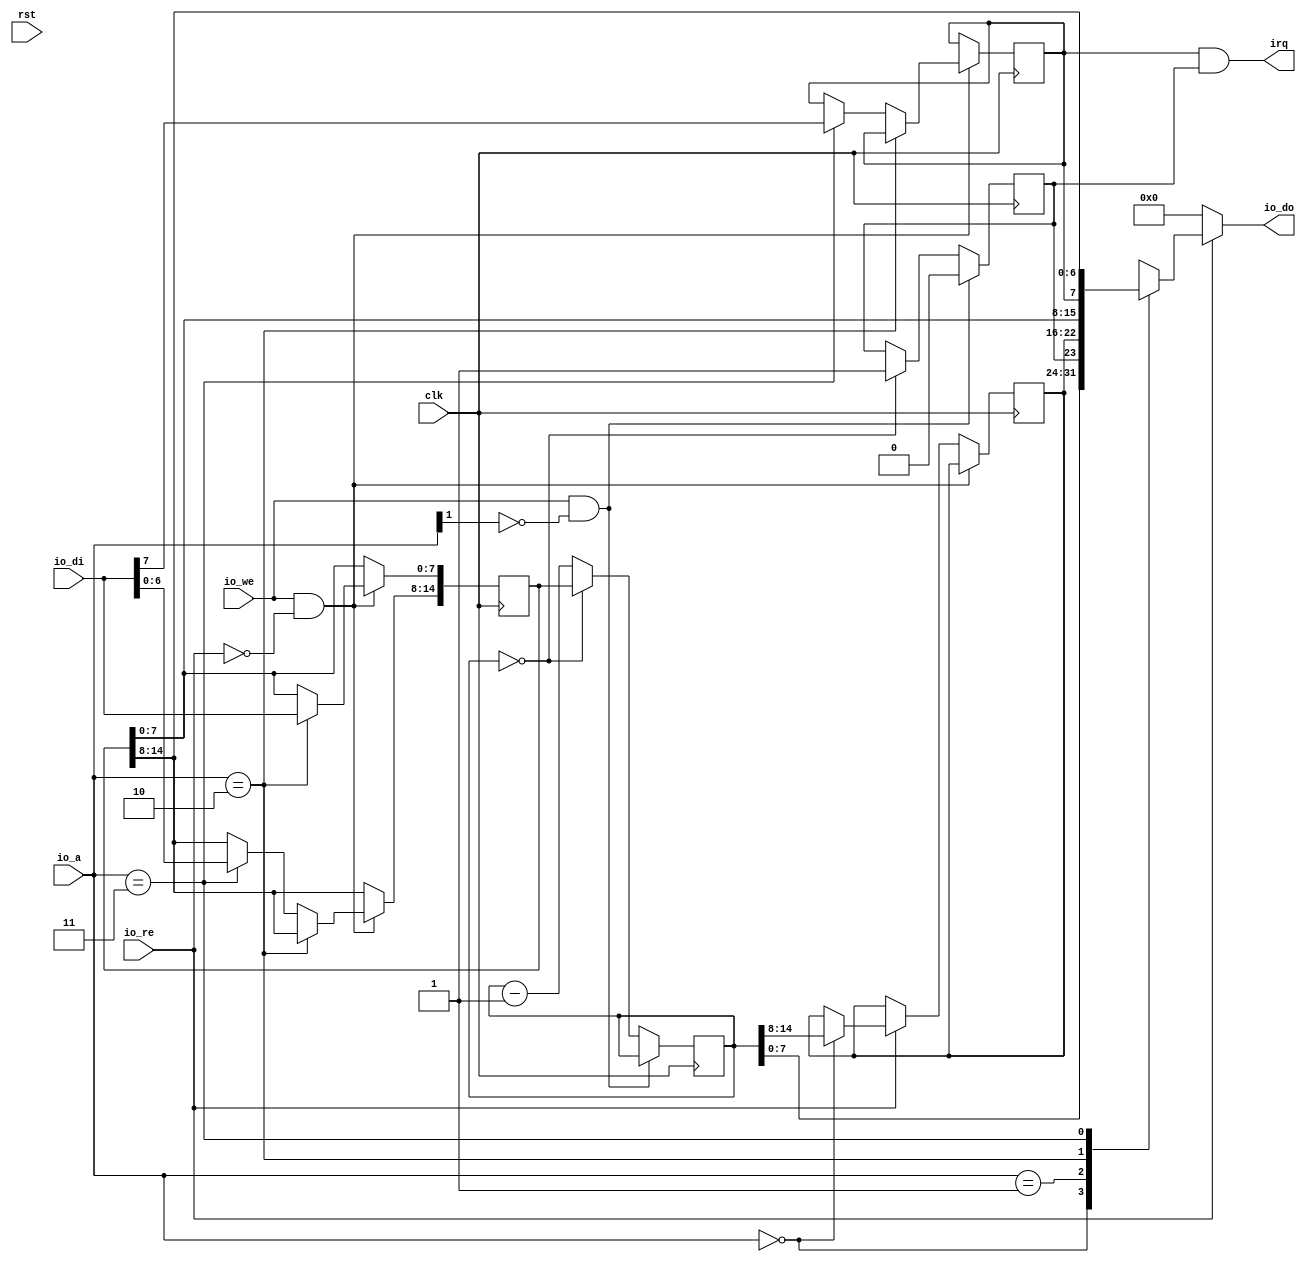
/*****************************************************************************/
/* avr_systick.v            */
/*****************************************************************************/
/* Registers             */
/*  STCNTL r BASE + 0x00  { CNT[7:0] }       */
/* STCNTH r BASE + 0x01  { OVERFLOW, CNT[14:8] }      */
/* STLOADL r+w BASE + 0x02  { CLOAD[7:0] }       */
/* STLOADH r+w BASE + 0x03  { IENABLE, CLOAD[14:8] }     */
/*****************************************************************************/

module avr_systick
       ( input clk,
         input rst,

         input io_re,
         input io_we,
         input [1: 0] io_a,
         output [7: 0] io_do,
         input [7: 0] io_di,
         output irq
       );

reg IENABLE;
reg [14:0] CLOAD;
reg OVERFLOW;
reg [14: 0] CNT;
reg [6: 0] CTMP;

assign irq = IENABLE & OVERFLOW;

/* I/O read: */
reg [7: 0] io_do_data;
always @( * )
begin
    case (io_a)
        2'b00:
            io_do_data = CNT[7: 0];
        2'b01:
            io_do_data = { OVERFLOW, CTMP };
        2'b10:
            io_do_data = CLOAD[7:0];
        2'b11:
            io_do_data = { IENABLE, CLOAD[14: 8] } ;
    endcase
end

assign io_do = io_re ? io_do_data : 8'b00000000;

wire reset_overflow_bit = (io_we & (io_a[1] == 0));

always @(posedge clk)
begin

    if (io_we & ~io_re)
    begin
        if ( io_a == 2'b10 )
        begin
            CLOAD[7: 0] <= io_di;
        end
        else if ( io_a == 2'b11 )
        begin
            { IENABLE, CLOAD[14: 8] } <= io_di;
        end
    end
    else if ( io_re )
    begin
        if ( io_a == 2'b00 )
            CTMP <= CNT[15: 8];
    end

end

always @(posedge clk)
begin
    if ( reset_overflow_bit )
    begin
        OVERFLOW <= 0;
    end
    else if ( CNT[14: 0] == 0 )
    begin
        CNT <= CLOAD;
        OVERFLOW <= 1;
    end
    else
    begin
        CNT <= CNT - 1;
    end
end

/*****************************************************************************/
/* Debug section starts here */

/* end of debug section */
/*****************************************************************************/

endmodule

    /*****************************************************************************/